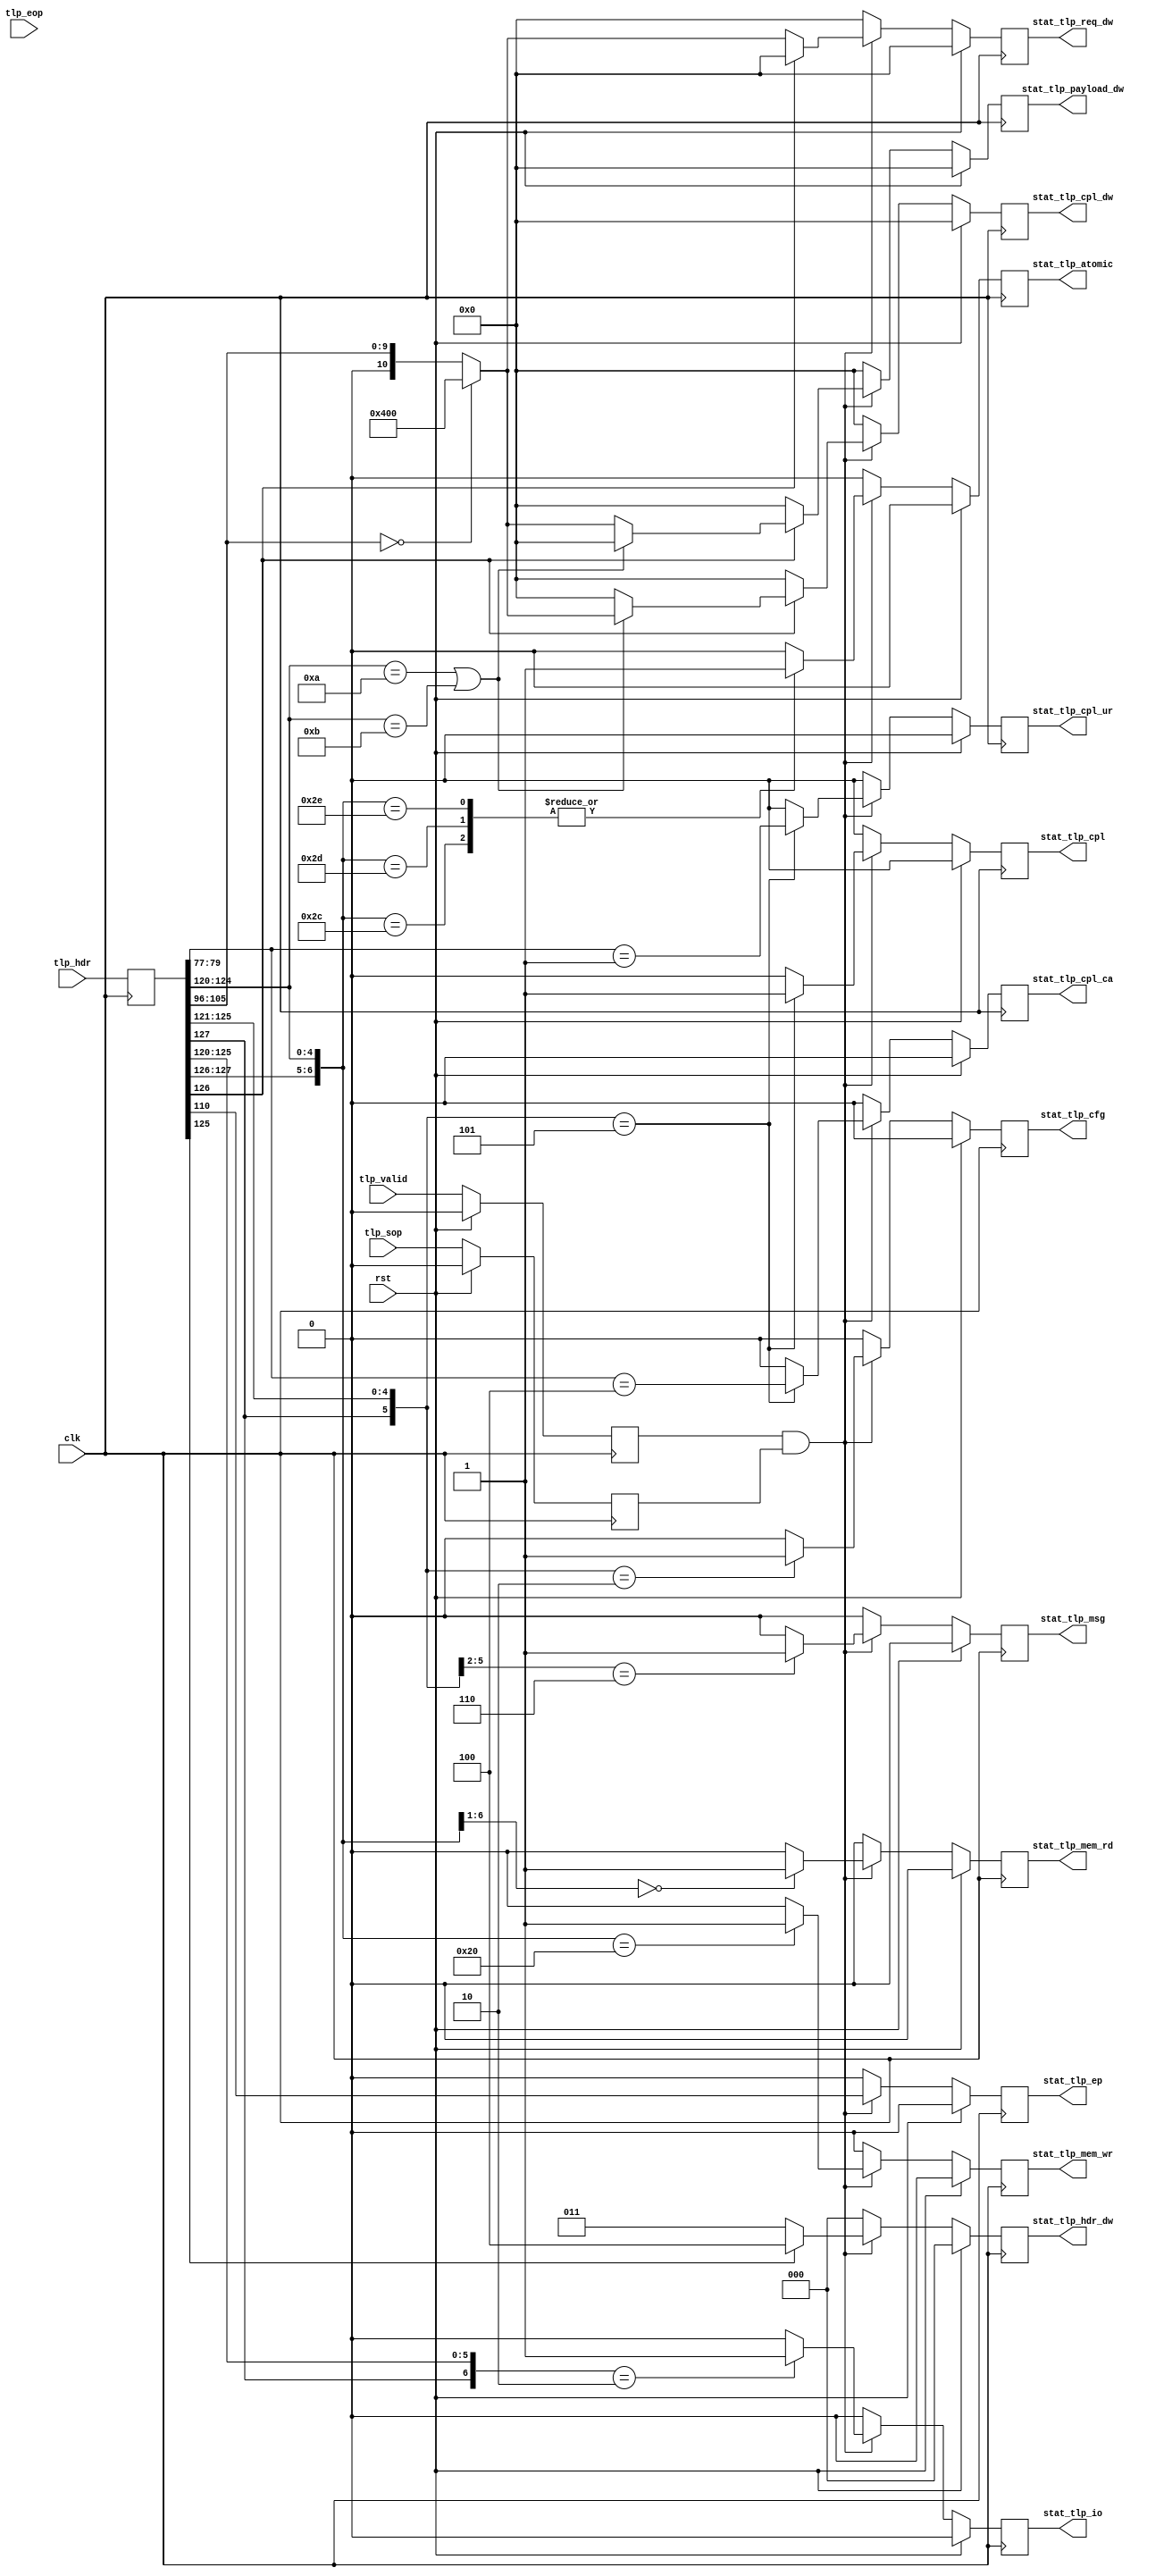
/*

Copyright (c) 2021 Alex Forencich

Permission is hereby granted, free of charge, to any person obtaining a copy
of this software and associated documentation files (the "Software"), to deal
in the Software without restriction, including without limitation the rights
to use, copy, modify, merge, publish, distribute, sublicense, and/or sell
copies of the Software, and to permit persons to whom the Software is
furnished to do so, subject to the following conditions:

The above copyright notice and this permission notice shall be included in
all copies or substantial portions of the Software.

THE SOFTWARE IS PROVIDED "AS IS", WITHOUT WARRANTY OF ANY KIND, EXPRESS OR
IMPLIED, INCLUDING BUT NOT LIMITED TO THE WARRANTIES OF MERCHANTABILITY
FITNESS FOR A PARTICULAR PURPOSE AND NONINFRINGEMENT. IN NO EVENT SHALL THE
AUTHORS OR COPYRIGHT HOLDERS BE LIABLE FOR ANY CLAIM, DAMAGES OR OTHER
LIABILITY, WHETHER IN AN ACTION OF CONTRACT, TORT OR OTHERWISE, ARISING FROM,
OUT OF OR IN CONNECTION WITH THE SOFTWARE OR THE USE OR OTHER DEALINGS IN
THE SOFTWARE.

*/

// Language: Verilog 2001

`resetall
`timescale 1ns / 1ps
`default_nettype none

/*
 * Statistics for PCIe TLP traffic
 */
module stats_pcie_tlp #
(
    // TLP header width
    parameter TLP_HDR_WIDTH = 128,
    // TLP segment count
    parameter TLP_SEG_COUNT = 1
)
(
    input  wire                                    clk,
    input  wire                                    rst,

    /*
     * TLP monitor input
     */
    input  wire [TLP_SEG_COUNT*TLP_HDR_WIDTH-1:0]  tlp_hdr,
    input  wire [TLP_SEG_COUNT-1:0]                tlp_valid,
    input  wire [TLP_SEG_COUNT-1:0]                tlp_sop,
    input  wire [TLP_SEG_COUNT-1:0]                tlp_eop,

    /*
     * Statistics outputs
     */
    output wire                                    stat_tlp_mem_rd,
    output wire                                    stat_tlp_mem_wr,
    output wire                                    stat_tlp_io,
    output wire                                    stat_tlp_cfg,
    output wire                                    stat_tlp_msg,
    output wire                                    stat_tlp_cpl,
    output wire                                    stat_tlp_cpl_ur,
    output wire                                    stat_tlp_cpl_ca,
    output wire                                    stat_tlp_atomic,
    output wire                                    stat_tlp_ep,
    output wire [2:0]                              stat_tlp_hdr_dw,
    output wire [10:0]                             stat_tlp_req_dw,
    output wire [10:0]                             stat_tlp_payload_dw,
    output wire [10:0]                             stat_tlp_cpl_dw
);

localparam [2:0]
    TLP_FMT_3DW = 3'b000,
    TLP_FMT_4DW = 3'b001,
    TLP_FMT_3DW_DATA = 3'b010,
    TLP_FMT_4DW_DATA = 3'b011,
    TLP_FMT_PREFIX = 3'b100;

localparam [2:0]
    CPL_STATUS_SC  = 3'b000, // successful completion
    CPL_STATUS_UR  = 3'b001, // unsupported request
    CPL_STATUS_CRS = 3'b010, // configuration request retry status
    CPL_STATUS_CA  = 3'b100; // completer abort

reg [TLP_SEG_COUNT*TLP_HDR_WIDTH-1:0]  tlp_hdr_reg = 0;
reg [TLP_SEG_COUNT-1:0]                tlp_valid_reg = 0;
reg [TLP_SEG_COUNT-1:0]                tlp_sop_reg = 0;
reg [TLP_SEG_COUNT-1:0]                tlp_eop_reg = 0;

reg stat_tlp_mem_rd_reg = 1'b0;
reg stat_tlp_mem_wr_reg = 1'b0;
reg stat_tlp_io_reg = 1'b0;
reg stat_tlp_cfg_reg = 1'b0;
reg stat_tlp_msg_reg = 1'b0;
reg stat_tlp_cpl_reg = 1'b0;
reg stat_tlp_cpl_ur_reg = 1'b0;
reg stat_tlp_cpl_ca_reg = 1'b0;
reg stat_tlp_atomic_reg = 1'b0;
reg stat_tlp_ep_reg = 1'b0;
reg [2:0] stat_tlp_hdr_dw_reg = 3'd0;
reg [10:0] stat_tlp_req_dw_reg = 11'd0;
reg [10:0] stat_tlp_payload_dw_reg = 11'd0;
reg [10:0] stat_tlp_cpl_dw_reg = 11'd0;

wire tlp_hdr_valid = tlp_valid_reg && tlp_sop_reg;
wire [7:0] tlp_hdr_fmt_type = tlp_hdr_reg[127:120];
wire [2:0] tlp_hdr_fmt = tlp_hdr_reg[127:125];
wire [4:0] tlp_hdr_type = tlp_hdr_reg[124:120];
wire tlp_hdr_ep = tlp_hdr_reg[110];
wire [9:0] tlp_hdr_length = tlp_hdr_reg[105:96];
wire [3:0] tlp_hdr_cpl_status = tlp_hdr_reg[79:77];

assign stat_tlp_mem_rd = stat_tlp_mem_rd_reg;
assign stat_tlp_mem_wr = stat_tlp_mem_wr_reg;
assign stat_tlp_io = stat_tlp_io_reg;
assign stat_tlp_cfg = stat_tlp_cfg_reg;
assign stat_tlp_msg = stat_tlp_msg_reg;
assign stat_tlp_cpl = stat_tlp_cpl_reg;
assign stat_tlp_cpl_ur = stat_tlp_cpl_ur_reg;
assign stat_tlp_cpl_ca = stat_tlp_cpl_ca_reg;
assign stat_tlp_atomic = stat_tlp_atomic_reg;
assign stat_tlp_ep = stat_tlp_ep_reg;
assign stat_tlp_hdr_dw = stat_tlp_hdr_dw_reg;
assign stat_tlp_req_dw = stat_tlp_req_dw_reg;
assign stat_tlp_payload_dw = stat_tlp_payload_dw_reg;
assign stat_tlp_cpl_dw = stat_tlp_cpl_dw_reg;

always @(posedge clk) begin
    tlp_hdr_reg <= tlp_hdr;
    tlp_valid_reg <= tlp_valid;
    tlp_sop_reg <= tlp_sop;
    tlp_eop_reg <= tlp_eop;

    stat_tlp_mem_rd_reg <= 1'b0;
    stat_tlp_mem_wr_reg <= 1'b0;
    stat_tlp_io_reg <= 1'b0;
    stat_tlp_cfg_reg <= 1'b0;
    stat_tlp_msg_reg <= 1'b0;
    stat_tlp_cpl_reg <= 1'b0;
    stat_tlp_cpl_ur_reg <= 1'b0;
    stat_tlp_cpl_ca_reg <= 1'b0;
    stat_tlp_atomic_reg <= 1'b0;
    stat_tlp_ep_reg <= 1'b0;
    stat_tlp_hdr_dw_reg <= 0;
    stat_tlp_req_dw_reg <= 0;
    stat_tlp_payload_dw_reg <= 0;
    stat_tlp_cpl_dw_reg <= 0;

    if (tlp_hdr_valid) begin

        casez (tlp_hdr_fmt_type)
            8'b00z_0000z: stat_tlp_mem_rd_reg <= 1'b1;
            8'b01z_00000: stat_tlp_mem_wr_reg <= 1'b1;
            8'b0z0_00010: stat_tlp_io_reg <= 1'b1;
            8'b0z0_0010z: stat_tlp_cfg_reg <= 1'b1;
            8'b0z1_10zzz: stat_tlp_msg_reg <= 1'b1;
            8'b0z0_0101z: begin
                stat_tlp_cpl_reg <= 1'b1;
                stat_tlp_cpl_ur_reg <= tlp_hdr_cpl_status == CPL_STATUS_UR;
                stat_tlp_cpl_ca_reg <= tlp_hdr_cpl_status == CPL_STATUS_CA;
            end
            8'b01z_01100: stat_tlp_atomic_reg <= 1'b1;
            8'b01z_01101: stat_tlp_atomic_reg <= 1'b1;
            8'b01z_01110: stat_tlp_atomic_reg <= 1'b1;
        endcase

        stat_tlp_ep_reg <= tlp_hdr_ep;

        stat_tlp_hdr_dw_reg <= tlp_hdr_fmt[0] ? 3'd4 : 3'd3;

        if (tlp_hdr_fmt[1]) begin
            if (tlp_hdr_type == 5'b01010 || tlp_hdr_type == 5'b01011) begin
                stat_tlp_cpl_dw_reg <= tlp_hdr_length == 0 ? 11'd1024 : tlp_hdr_length;
            end else begin
                stat_tlp_payload_dw_reg <= tlp_hdr_length == 0 ? 11'd1024 : tlp_hdr_length;
            end
        end else begin
            stat_tlp_req_dw_reg <= tlp_hdr_length == 0 ? 11'd1024 : tlp_hdr_length;
        end
    end

    if (rst) begin
        tlp_valid_reg <= 0;
        tlp_sop_reg <= 0;
        tlp_eop_reg <= 0;

        stat_tlp_mem_rd_reg <= 0;
        stat_tlp_mem_wr_reg <= 0;
        stat_tlp_io_reg <= 0;
        stat_tlp_cfg_reg <= 0;
        stat_tlp_msg_reg <= 0;
        stat_tlp_cpl_reg <= 0;
        stat_tlp_cpl_ur_reg <= 0;
        stat_tlp_cpl_ca_reg <= 0;
        stat_tlp_atomic_reg <= 0;
        stat_tlp_ep_reg <= 0;
        stat_tlp_hdr_dw_reg <= 0;
        stat_tlp_req_dw_reg <= 0;
        stat_tlp_payload_dw_reg <= 0;
        stat_tlp_cpl_dw_reg <= 0;
    end
end

endmodule

`resetall